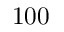
1 0 0